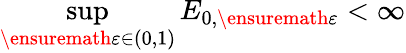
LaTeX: \operatorname*{sup}_{\ensuremath{\varepsilon}\in(0,1)}E_{0,\ensuremath{\varepsilon}}<\infty